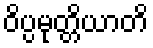
ဝိပ္ပမုတ္တိယာတိ